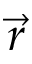
\vec { r }